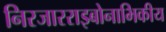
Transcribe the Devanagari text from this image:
निरजारराइबोनाभिकीय